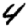
Digit: 4